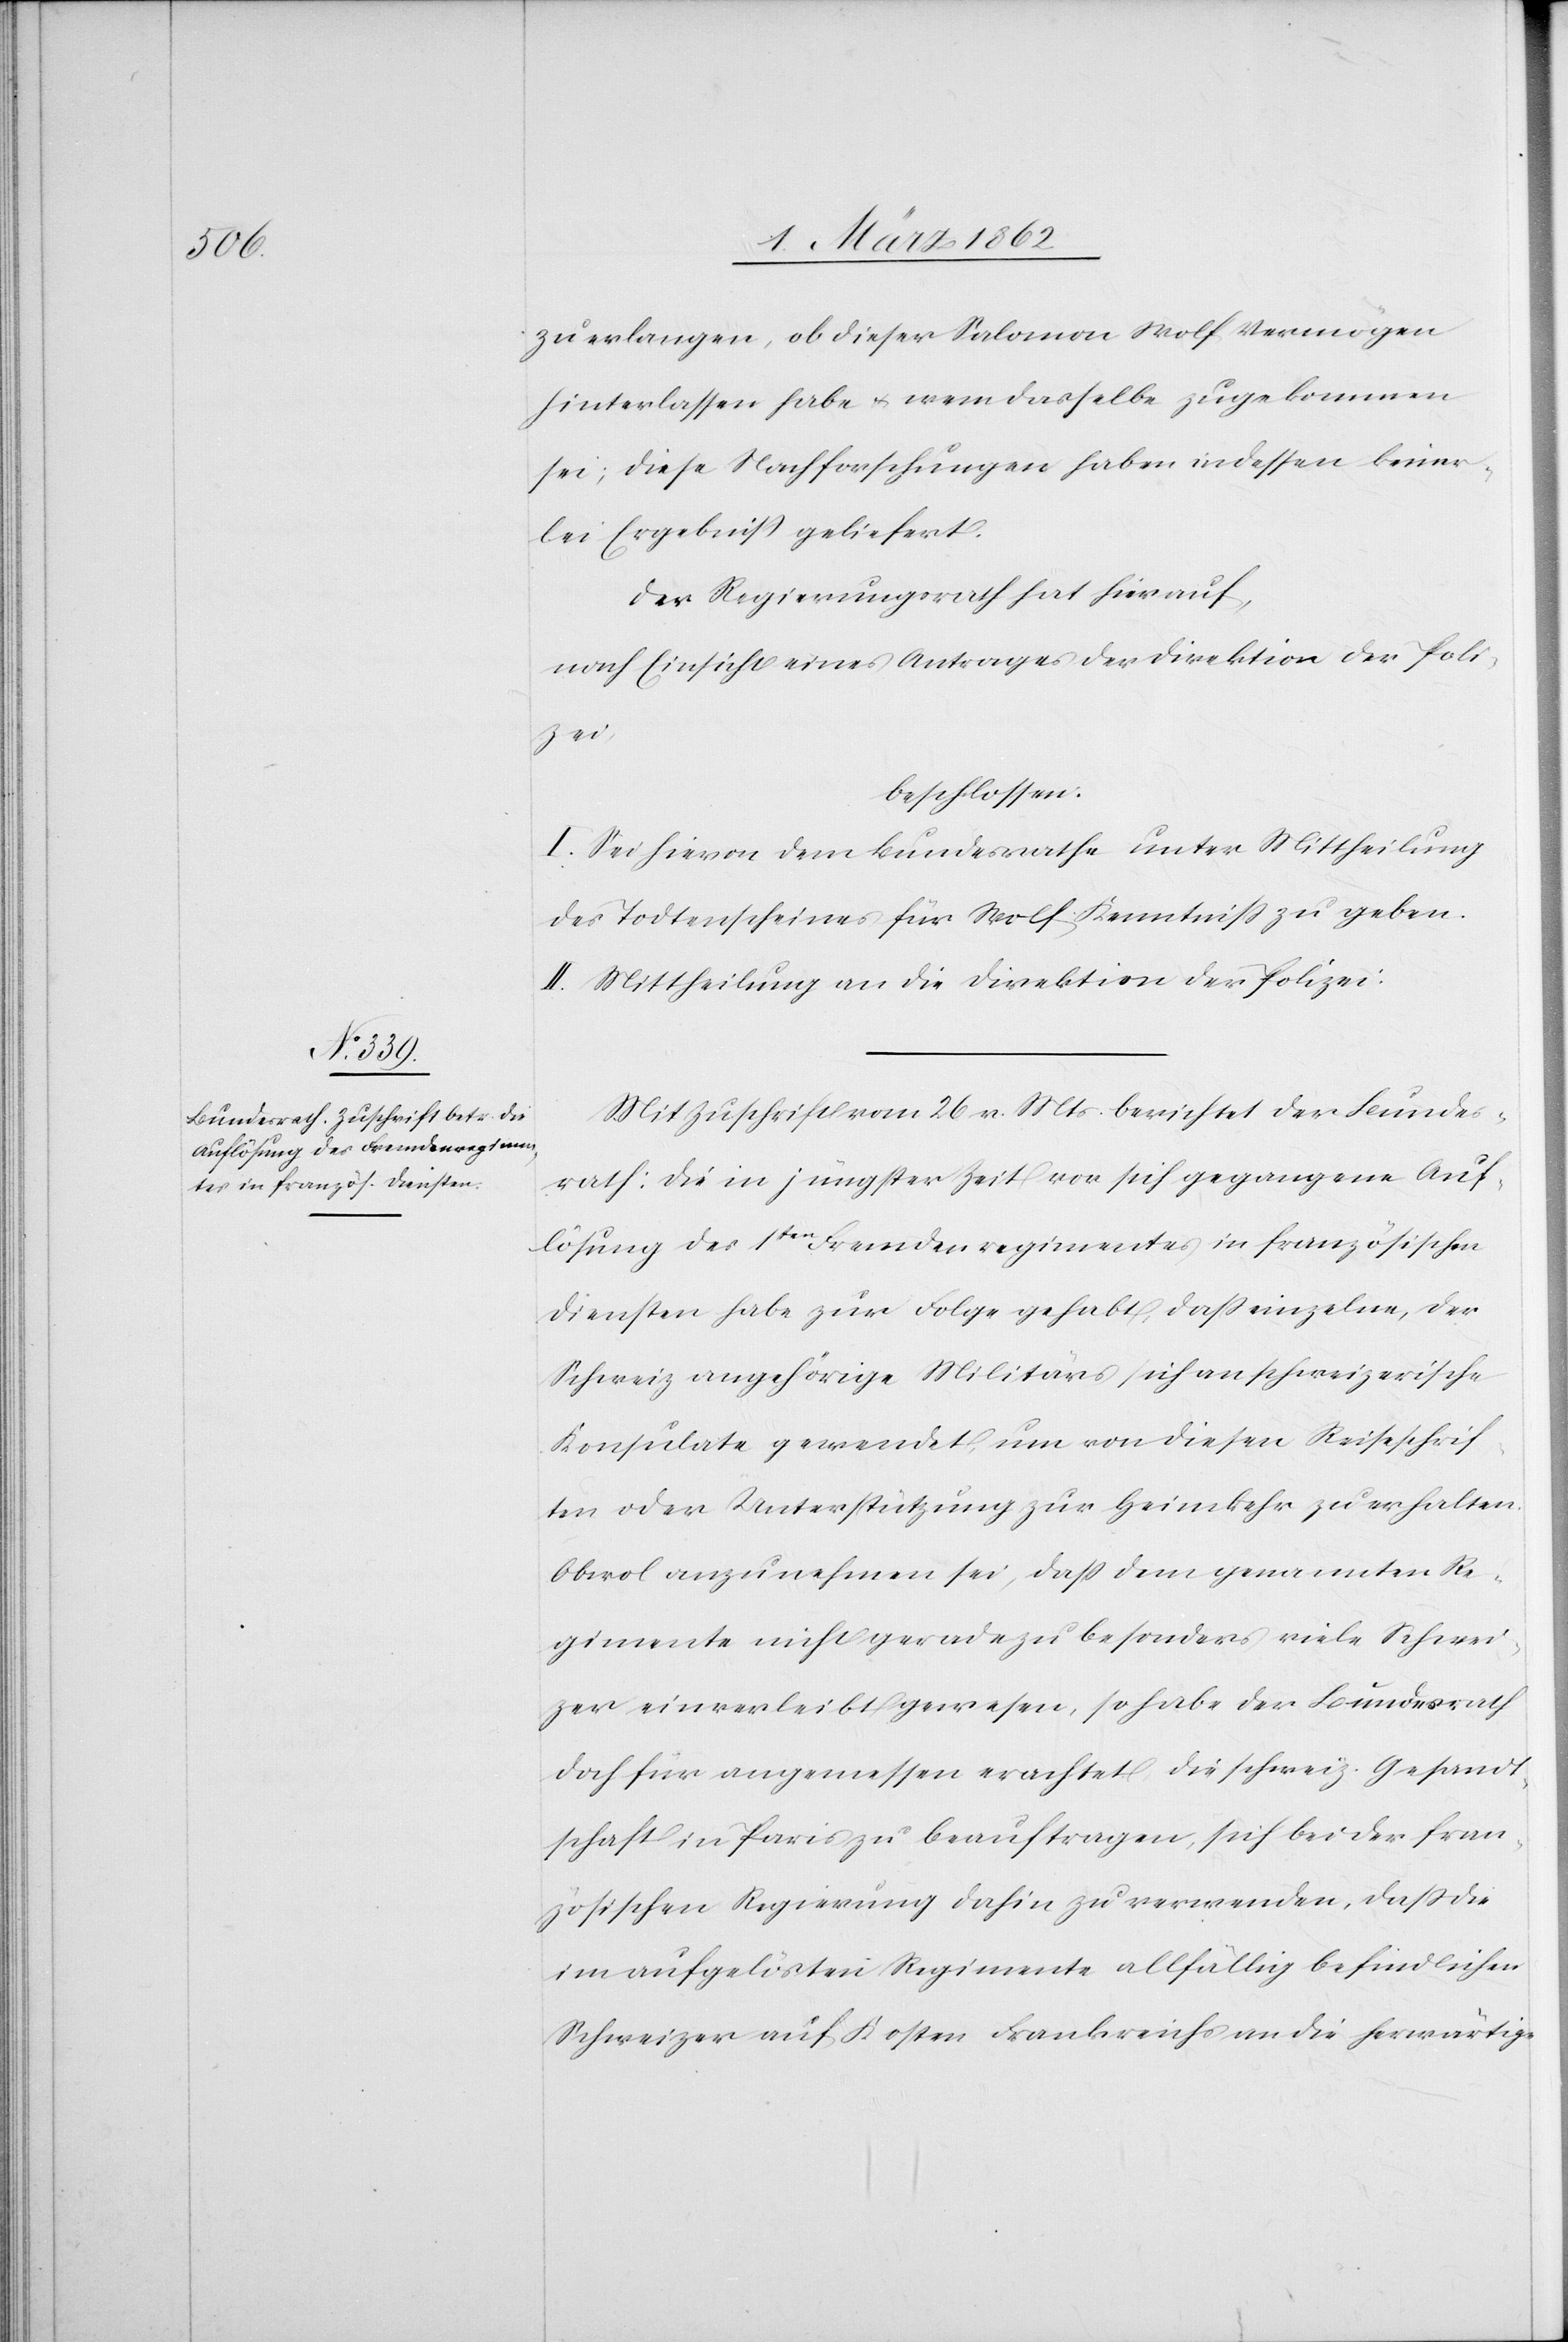
zu erlangen, ob dieser Salomon Wolf Vermögen
hinterlassen habe u. wem dasselbe zugekommen
sei; diese Nachforschungen haben indessen keiner¬
lei Ergebniß geliefert.
Der Regierungsrath hat hierauf,
nach Einsicht eines Antrages der Direktion der Poli¬
zei,
beschlossen:
I. Sei hievon dem Bundesrathe unter Mittheilung
des Todtenscheines für Wolf Kenntniß zu geben.
II. Mittheilung an die Direktion der Polizei.
Mit Zuschrift vom 26 v. Mts. berichtet der Bundes¬
rath: Die in jüngster Zeit vor sich gegangene Auf¬
lösung des 1ten Fremdenregimentes in französischen
Diensten habe zur Folge gehabt, daß einzelne, der
Schweiz angehörige Militärs sich an schweizerische
Konsulate gewendet, um von diesen Reiseschrif¬
ten oder Unterstützung zur Heimkehr zu erhalten.
Obwol anzunehmen sei, daß dem genannten Re¬
gimente nicht geradezu besonders viele Schwei¬
zer einverleibt gewesen, so habe der Bundesrath
doch für angemessen erachtet die schweiz. Gesandt¬
schaft in Paris zu beauftragen, sich bei der fran¬
zösischen Regierung dahin zu verwenden, daß die
im aufgelösten Regimente allfällig befindlichen
Schweizer auf Kosten Frankreichs an die herwärtige